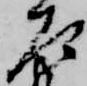
左